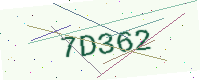
Text: 7D362